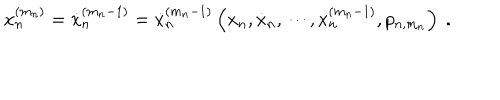
LaTeX: x _ { n } ^ { ( m _ { n } ) } = \dot { x } _ { n } ^ { ( m _ { n } - 1 ) } = \dot { x } _ { n } ^ { ( m _ { n } - 1 ) } \left( x _ { n } , \dot { x } _ { n } , \cdots , x _ { n } ^ { ( m _ { n } - 1 ) } , p _ { n , m _ { n } } \right) \ .